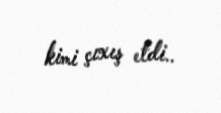
kimi çıxış etdi..